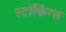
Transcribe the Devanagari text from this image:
स्टॉकिंग्स